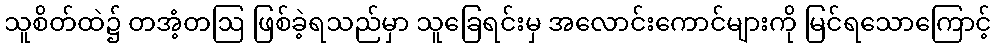
သူစိတ်ထဲ၌ တအံ့တဩ ဖြစ်ခဲ့ရသည်မှာ သူခြေရင်းမှ အလောင်းကောင်များကို မြင်ရသောကြောင့်